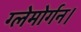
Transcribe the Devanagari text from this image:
ग्लेमोर्गन।